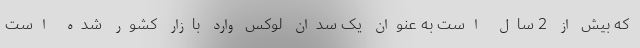
که بیش از 2 سال است به عنوان یک سدان لوکس وارد بازار کشور شده است